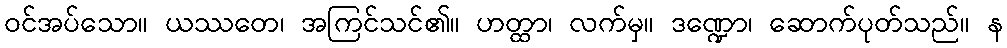
ဝင်အပ်သော။ ယဿတေ၊ အကြင်သင်၏။ ဟတ္ထာ၊ လက်မှ။ ဒဏ္ဍော၊ ဆောက်ပုတ်သည်။ န